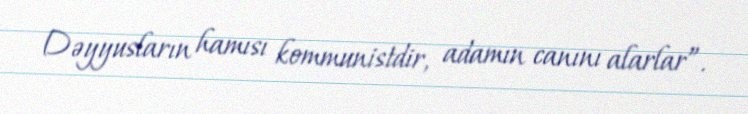
Dəyyusların hamısı kommunistdir, adamın canını alarlar”.